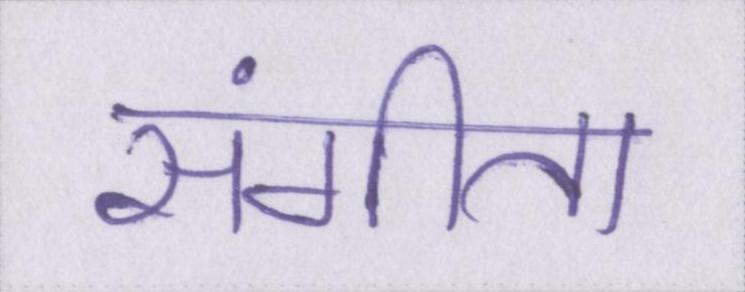
संगीता